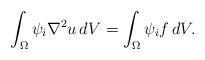
LaTeX: \begin{align*}\int_{\Omega}\psi_{i}\nabla^{2}u\,dV=\int_{\Omega}\psi_{i}f\,dV.\end{align*}